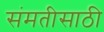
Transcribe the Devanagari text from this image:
संमतीसाठी